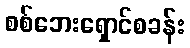
စစ်ဘေးရှောင်စခန်း